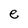
Character: e